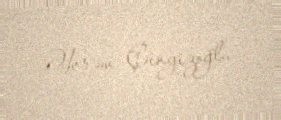
Əkrəm Çingizoğlu